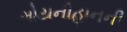
મોયનીહાનની